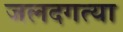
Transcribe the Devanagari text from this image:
जलदगत्या